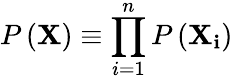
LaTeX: P\left(\mathbf{X}\right)\equiv\prod_{i=1}^{n}P\left(\mathbf{X_{i}}\right)